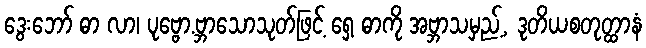
ဒွေးဘော် ဓာ လာ၊ ပုဗ္ဗော.ဗ္ဘာသောသုတ်ဖြင့် ရှေ့ ဓာကို အဗ္ဘာသမှည့်, ဒုတိယစတုတ္ထာနံ